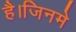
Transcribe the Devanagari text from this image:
है।जिनमे